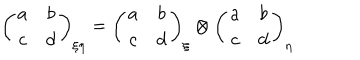
\left( \begin{array} { c c } { { a } } & { { b } } \\ { { c } } & { { d } } \\ \end{array} \right) _ { \xi \eta } = \left( \begin{array} { c c } { { a } } & { { b } } \\ { { c } } & { { d } } \\ \end{array} \right) _ { \xi } \otimes \left( \begin{array} { c c } { { a } } & { { b } } \\ { { c } } & { { d } } \\ \end{array} \right) _ { \eta }